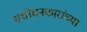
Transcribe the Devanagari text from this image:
संशोधनकारांच्या